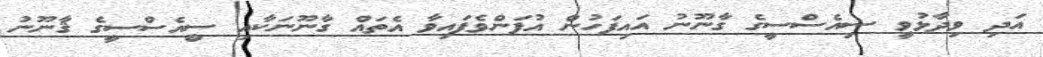
އަދި ވިދާޅުވީ ސިއެސްސީގެ ގާނޫނު އައިފަހުން އުފަންވެފައިވާ އެތައް ގާނޫނަކާއި ސީއެސްސީގެ ޤާނޫނު